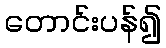
တောင်းပန်၍